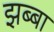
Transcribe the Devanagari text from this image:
झब्बा